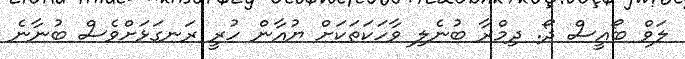
ލަވް ބޯއީސް ދޯ. ދިމްރާ ބުނެލި ވާހަކަތަކަށް ޔުއާން ހުރީ ރަނގަޅަށްވެސް ބުނާނެ